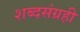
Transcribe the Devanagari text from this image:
शब्दसंग्रही